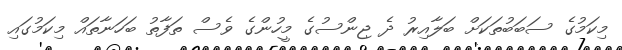
މިކަމުގެ ސަބަބުތަކަށް ބަލާއިރު ދެ ޖިންސުގެ މީހުންގެ ވެސް ތަފާތު ބަހަނާތައް މިކަމުގައި